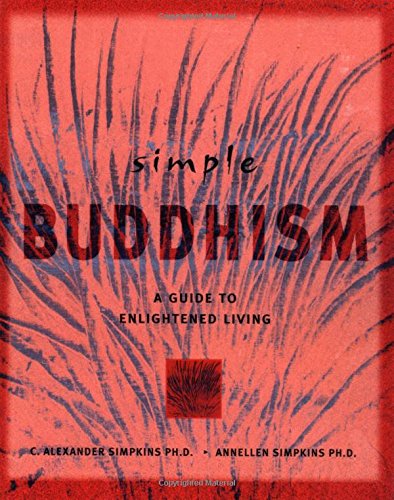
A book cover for Simple Buddhism: A Guide to Enlightened Living (Simple Series); C. Alexander Simpkins; Religion & Spirituality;